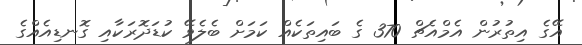
އޭގެ އިތުރުން އެމްއެޗް 370 ގެ ބައިތަކެއް ކަމަށް ބެލެވޭ ކުޑަދޮރަކާއި ގޮނޑިއެއްގެ